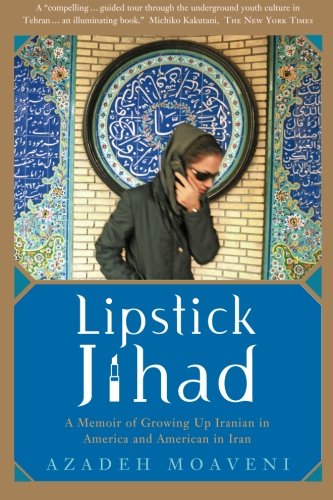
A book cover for Lipstick Jihad: A Memoir of Growing up Iranian in America and American in Iran; Azadeh Moaveni; History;